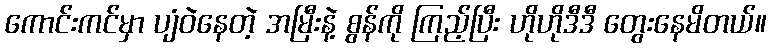
ကောင်းကင်မှာ ပျံဝဲနေတဲ့ အမြီးနဲ့ စွန်ကို ကြည့်ပြီး ဟိုဟိုဒီဒီ တွေးနေမိတယ်။